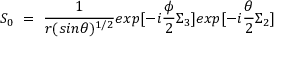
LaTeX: S _ { 0 } ~ = ~ \frac { 1 } { r ( s i n \theta ) ^ { 1 / 2 } } e x p [ - i \frac { \phi } { 2 } \Sigma _ { 3 } ] e x p [ - i \frac { \theta } { 2 } \Sigma _ { 2 } ]